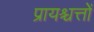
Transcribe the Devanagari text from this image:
प्रायश्चत्तों